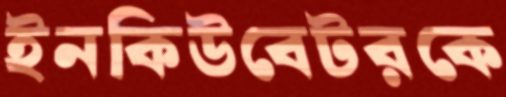
ইনকিউবেটরকে